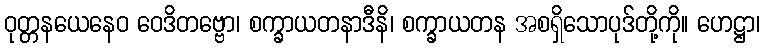
ဝုတ္တနယေနေဝ ဝေဒိတဗ္ဗော၊ စက္ခာယတနာဒီနိ၊ စက္ခာယတန အစရှိသောပုဒ်တို့ကို။ ဟေဋ္ဌာ၊